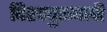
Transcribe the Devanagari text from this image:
विश्‍वपुरूषाची